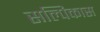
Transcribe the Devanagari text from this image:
सल्पिकास